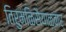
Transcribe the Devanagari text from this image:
तिरुमळिसैयाळ्वार्